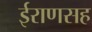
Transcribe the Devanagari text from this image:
ईराणसह